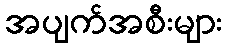
အပျက်အစီးများ